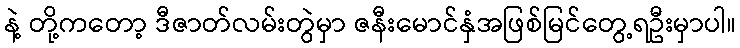
နဲ့ တို့ကတော့ ဒီဇာတ်လမ်းတွဲမှာ ဇနီးမောင်နှံအဖြစ်မြင်တွေ့ရဦးမှာပါ။